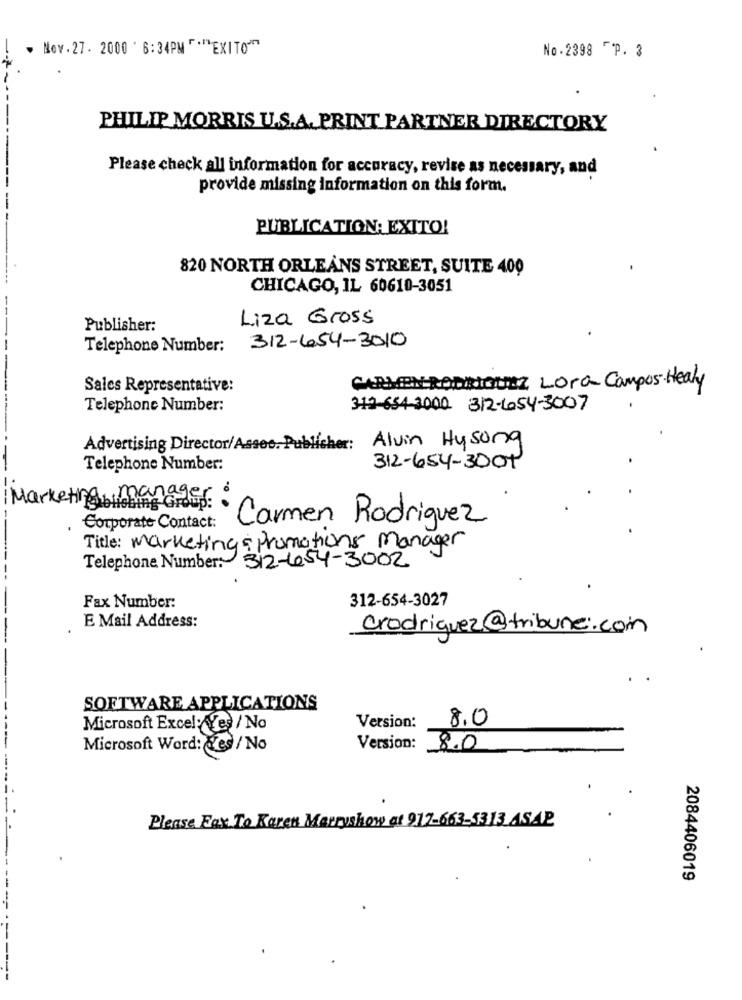
Nov.27. 2000 * 6:34PM F *** EXITO""
No.2398 FP. 3
PHILIP MORRIS U.S.A. PRINT PARTNER DIRECTORY
Please check all information for accuracy, revise as necessary, and
provide missing information on this form.
PUBLICATION: EXITO!
820 NORTH ORLEANS STREET, SUITE 400
CHICAGO, IL 60610-3051
Liza Gross
Publisher:
Telephone Number: 312-654-3010
CARMENRODRIQUEZ Lora Campos Healy
Sales Representative:
Telephone Number:
312-654-3000 312-654-3007
Alvin Hysong
Advertising Director/Assoc. Publicher:
Telephone Number:
312-654-3001
Ma
Keting blishing Group:
Carmen Rodriguez
Corporate Contact:
Title: Marketing : Promotions Manager
Telephone Number: 312-654-3002
312-654-3027
Fax Number:
E Mail Address:
crodriquez@tribune.com
SOFTWARE APPLICATIONS
8.0
Microsoft Excel:Yes / No
Version:
Microsoft Word: Yes / No
Version: 8.0
Please Fax To Karen Merryshow at 917-663-5313 ASAP
2084406019